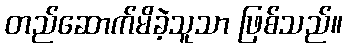
တည်ဆောက်မိခဲ့သူသာ ဖြစ်သည်။